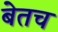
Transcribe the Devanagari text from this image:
बेतच